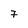
Character: 7